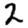
Digit: 2